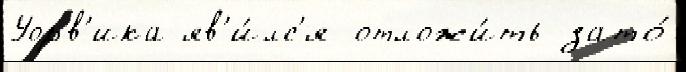
Уорв'ика яв'и́лс'я отложи́ть зато́